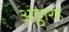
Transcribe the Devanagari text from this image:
अठ्ठारह